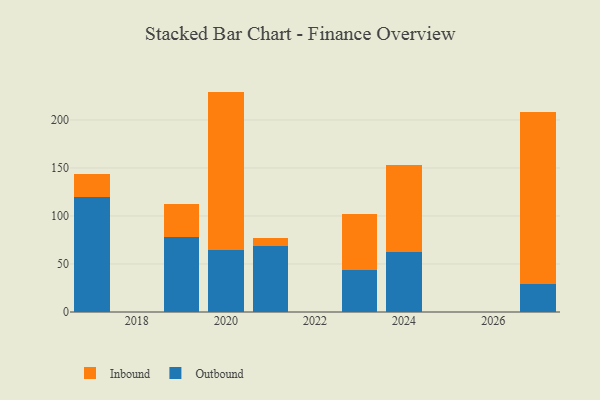
{"axis": {"x": "Year", "y": "Energy Usage (MWh)"}, "legend": ["Inbound", "Outbound"], "data": [{"x": "2023", "y": 43.5, "type": "Outbound"}, {"x": "2023", "y": 58.3, "type": "Inbound"}, {"x": "2020", "y": 65.1, "type": "Outbound"}, {"x": "2020", "y": 164.5, "type": "Inbound"}, {"x": "2019", "y": 78.1, "type": "Outbound"}, {"x": "2019", "y": 34.4, "type": "Inbound"}, {"x": "2024", "y": 62.1, "type": "Outbound"}, {"x": "2024", "y": 90.9, "type": "Inbound"}, {"x": "2027", "y": 29.5, "type": "Outbound"}, {"x": "2027", "y": 179.1, "type": "Inbound"}, {"x": "2017", "y": 119.9, "type": "Outbound"}, {"x": "2017", "y": 24.0, "type": "Inbound"}, {"x": "2021", "y": 68.8, "type": "Outbound"}, {"x": "2021", "y": 8.1, "type": "Inbound"}]}